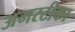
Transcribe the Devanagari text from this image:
अमरटीका